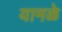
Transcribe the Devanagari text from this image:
यामळे